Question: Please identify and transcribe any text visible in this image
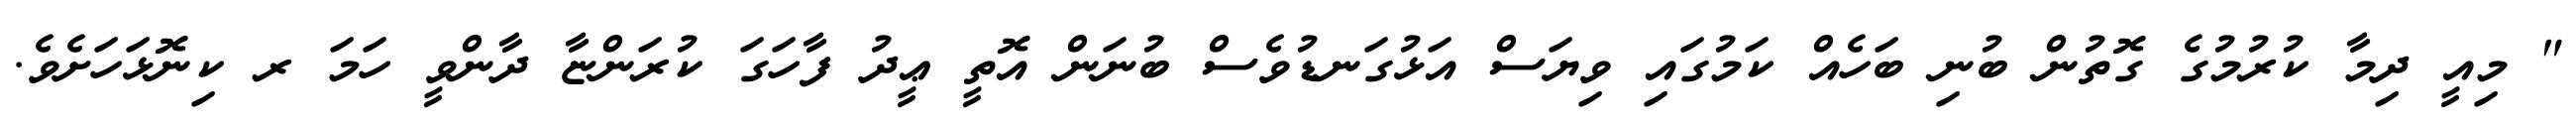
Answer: " މިއީ ދިމާ ކުރުމުގެ ގޮތުން ބުނި ބަހެއް ކަމުގައި ވިޔަސް އަޅުގަނޑުވެސް ބުނަން އޮތީ ޢީދު ފާހަގަ ކުރަންޏާ ދާންވީ ހަމަ ރ ކިނޮޅަހަށެވެ.